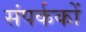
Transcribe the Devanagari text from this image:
संपर्ककों